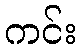
ကင်း